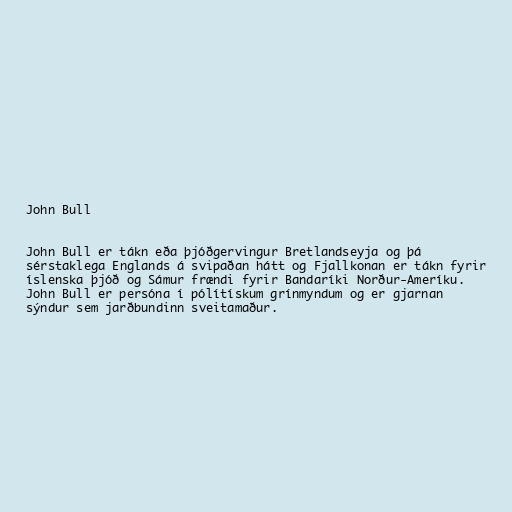
John Bull

John Bull er tákn eða þjóðgervingur Bretlandseyja og þá
sérstaklega Englands á svipaðan hátt og Fjallkonan er tákn fyrir
íslenska þjóð og Sámur frændi fyrir Bandaríki Norður-Ameríku.
John Bull er persóna í pólítískum grínmyndum og er gjarnan
sýndur sem jarðbundinn sveitamaður.